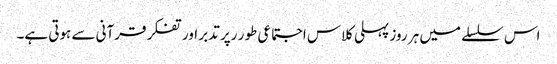
اس سلسلے میں ہر روز پہلی کلاس اجتماعی طور رپر تدبر اور تفکر قرآنی سے ہوتی ہے۔